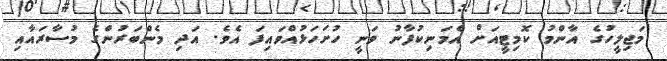
މަޖިލީހުގެ އާންމު ކޮމިޓީއަށް އެމަނިކުފާނު ވަނީ ހުށަހަޅުއްވައިފަ އެވެ. އަދި މެންބަރުންގެ މުސާރައާއި